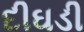
દીઘડી